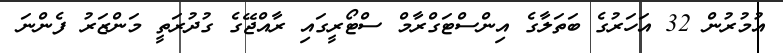
އުމުރުން 32 އަހަރުގެ ބަތަލާގެ އިންސްޓަގްރާމް ސްޓޯރީގައި ރާއްޖޭގެ ގުދުރަތީ މަންޒަރު ފެންނަ